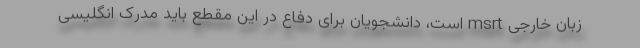
زبان خارجی msrt است، دانشجویان برای دفاع در این مقطع باید مدرک انگلیسی